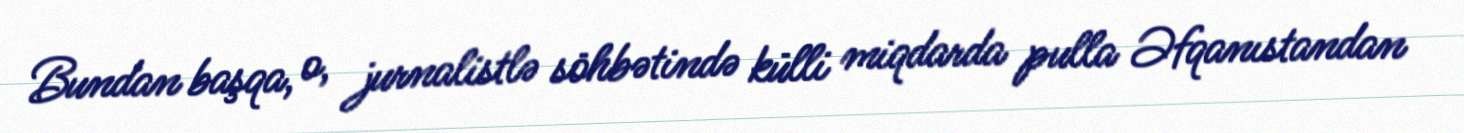
Bundan başqa, o, jurnalistlə söhbətində külli miqdarda pulla Əfqanıstandan